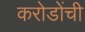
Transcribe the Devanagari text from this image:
करोडोंची